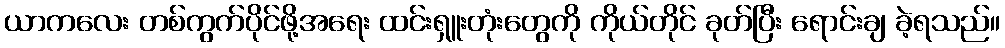
ယာကလေး တစ်ကွက်ပိုင်ဖို့အရေး ထင်းရှူးတုံးတွေကို ကိုယ်တိုင် ခုတ်ပြီး ရောင်းချ ခဲ့ရသည်။